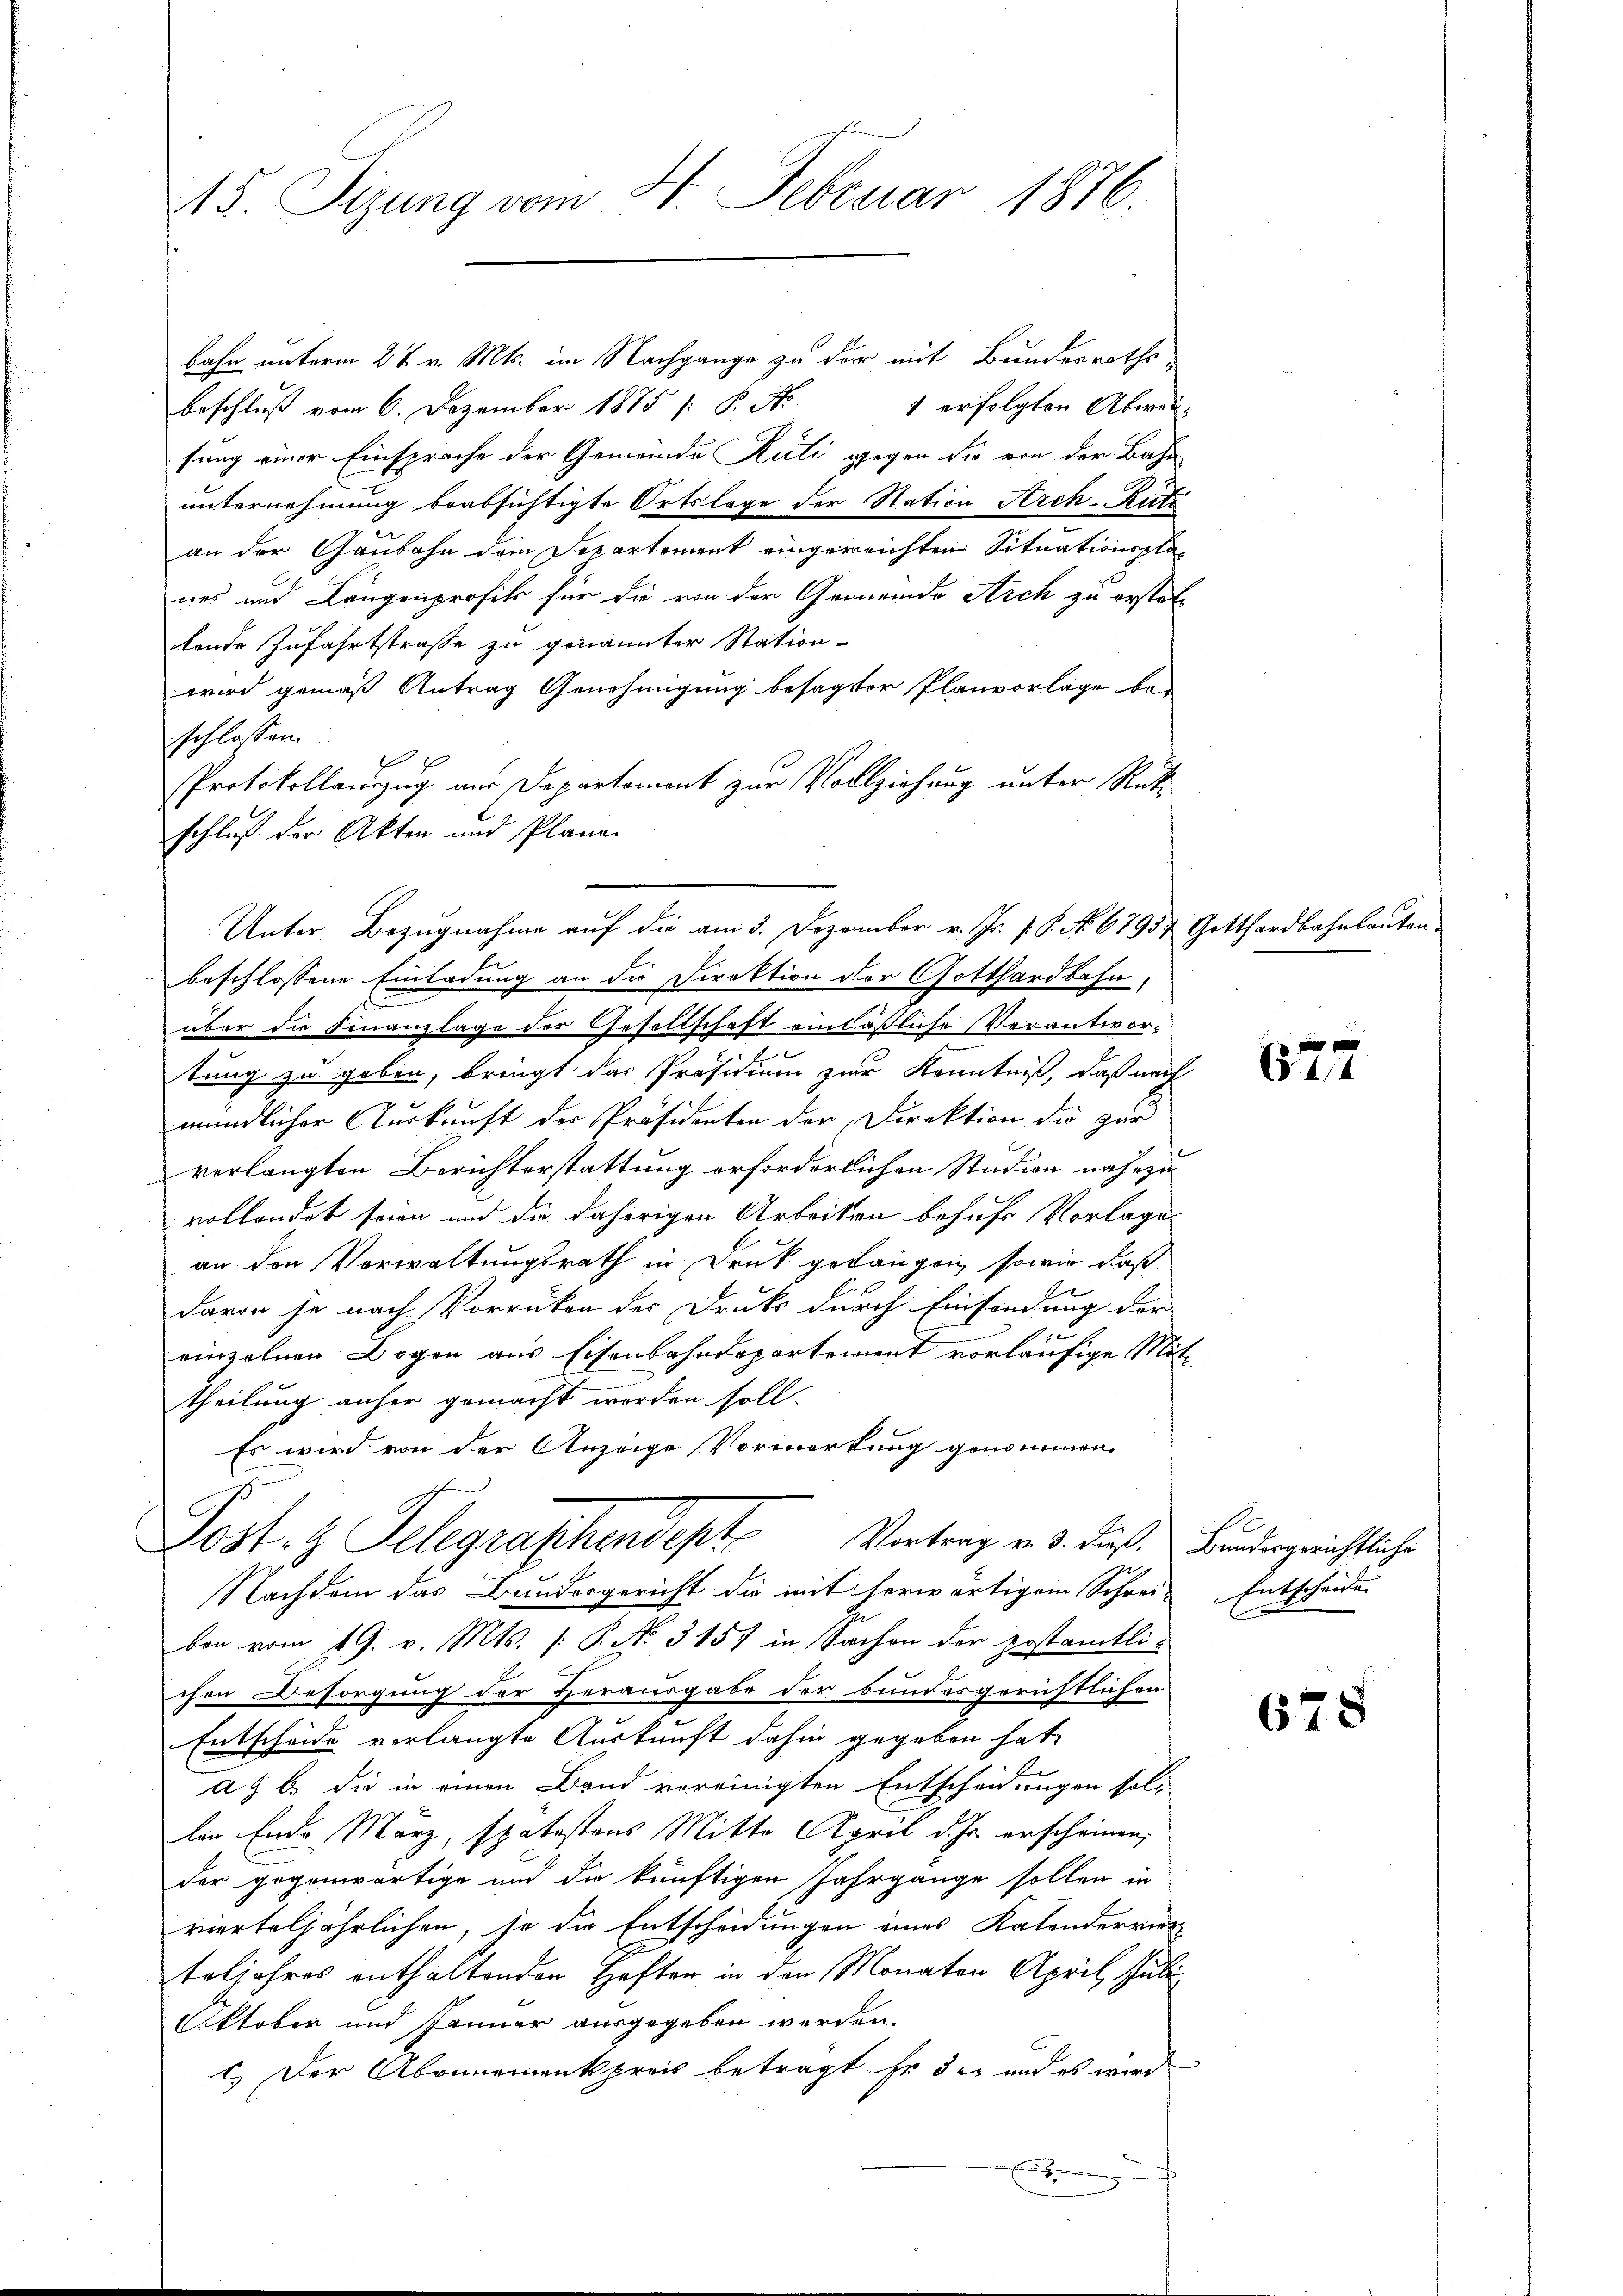
15. Sizung vom 21. Februar 1876.

bahn unterm 27. v. Mts. im Nachgange zu der mit Bundesraths-
1 erfolgten Abweibeschluß vom 6. Dezember 1875 /: P. Nr.
fung einer Einsprache der Gemeinde Stuli gegen die von der Bahn
unternehmung beabsichtigte Ortslage der Station Arch-Rütz
an der Gaubahn dem Departement eingereichten Situationsplanes und Langenprofit für die von der Gemeinde Arch zu erstel-
tende Zufahrtstraße zu genannter Station-
wird gemäß Antrag Genehmigung besagter Planvorlage be-
schlossen.
Protokollauszug aus Departement zur Vollziehung unter Rek
schluß der Akten und Plane
beschlossene Einladung an die Direktion der Gotthardbahn,
über die Finanzlage der Gesellschaft einläßliche Verantwortung zu geben, bringt das Präsidium zur Kenntniß, daß nach
mündlicher Auskunft der Präsidenten der Direktion die zur
verlangten Berichterstattung erforderlichen Studion nahezu
vollendet seien und die daherigen Arbeiten behufs Vorlage
an den Verwaltungsrath in Druk gelangen sowie daß
davon je nach Vorrücken des Druk durch Einsendung der
einzelnen Bogen aus Eisenbahndepartement vorläufige Mit
theilung anher gemacht werden soll.
Es wird von der Anzeige Vormerkung genommen.
Post. H. Telegraphendept Vortrag v. 3. Jul.
Nachdem das Bundesgericht die mit herwärtigem Schrei-Entscheide
ben vom 19. v. Mts. (: P. No. 3157 in Sachen der postamtli-
chen Besorgung der Herausgabe der bundesgerichtlichen
Entscheide verlangte Auskunft dahin gegeben hat,
a. b. die in einen Band vereinigten Entscheidungen sol-
len Ende März, spätestens Mitte April d. h. erscheinen,
der gegenwärtige und die künftigen Jahrgänge sollen in
vierteljährlichen, je die Entscheidungen eines Kalendervier
teljahres enthaltenden Haften in den Monaten April, Juli
Oktober und Januar ausgegeben werden.
1.) Der Abonnement preis betragt. Er der und es wird

Unter Bezugnahme auf die am 3. Dezember v. Js. f. P. No 6795) Gotthardbahnbauten.

627

S
Bundesgerichtliche

678